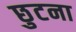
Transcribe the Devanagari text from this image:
छुटना